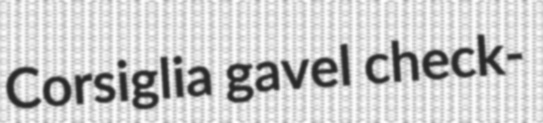
Corsiglia gavel check-